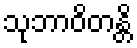
သုဘာဝိတန္တိ